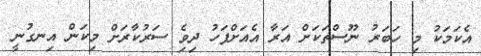
އެކަމަކު މި ހަބަރު ނޫސްތަކަށް އަރާ އެއަށްފަހު ދިވެި ސަރުކާރަށް މިކަން އިނގުނީ